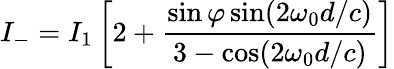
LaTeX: I_{-}=I_{1}\left[2+\frac{\sin\varphi\sin(2\omega_{0}d/c)}{3-\cos(2\omega_{0}d/c)}\right]